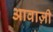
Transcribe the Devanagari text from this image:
आवाज़ी